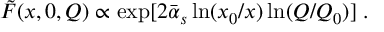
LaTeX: { \tilde { F } } ( x , 0 , Q ) \propto \exp [ 2 { \bar { \alpha } } _ { s } \ln ( x _ { 0 } / x ) \ln ( Q / Q _ { 0 } ) ] \; .